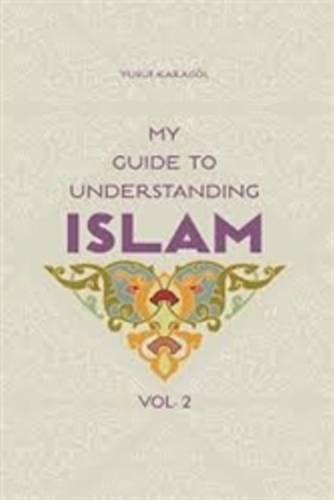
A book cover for My Guide to Understanding Islam (Vol. 2); Yusuf Karagol; Teen & Young Adult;